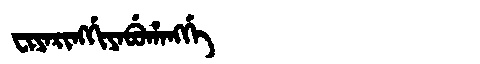
Manchu: ᠸᡳᠶᠠᡵᡳᠩᡤᡳᠶᠠᠪᡠᡥᠠᠩᡤᡝ
Romanization: FIYARINGGIYABUHANGGE